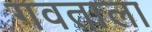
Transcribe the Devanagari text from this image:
गवताला